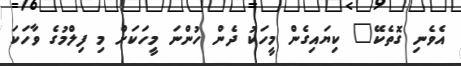
އެވެނި ގޮތެކޭ" ކިޔައިގެން މީހަކު ދެން ހުންނަ މީހަކަށް މި ފިލްމުގެ ވާހަކަ